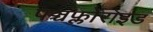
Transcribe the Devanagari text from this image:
पञ्चफ्लोराइड